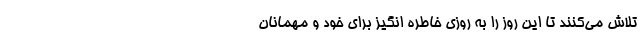
تلاش می‌کنند تا این روز را به روزی خاطره انگیز برای خود و مهمانان